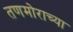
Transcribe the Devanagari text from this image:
तणमोराच्या